Bombay plague: being a history of the progress of plague in the Bombay presidency from September 1896 to June 1899
Year: 1896
Disease focus: Plague
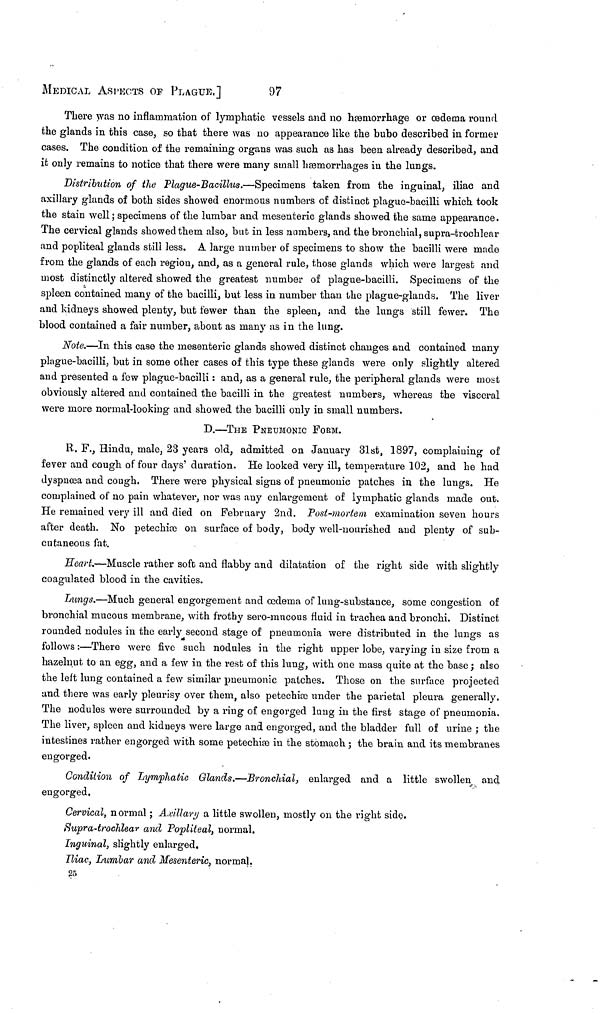
MEDICAL ASPECTS OF PLAGUE,]
97
There was no inflammation of lymphatic vessels and no hæmorrhage or œdema round
the glands in this case, so that there was no appearance like the bubo described in former
cases. The condition of the remaining organs was such as has been already described, and
it only remains to notice that there were many small hæmorrhages in the lungs.
Distribution of the Plague-Bacillus.—Specimens taken from the inguinal, iliac and
axillary glands of both sides showed enormous numbers of distinct plague-bacilli which took
the stain well; specimens of the lumbar and mesenteric glands showed the same appearance.
The cervical glands showed them also, but in less numbers, and the bronchial, supra-trochlear
and popliteal glands still less. A large number of specimens to show the bacilli were made
from the glands of each region, and, as a general rule, those glands which were largest and
most distinctly altered showed the greatest number of plague-bacilli. Specimens of the
spleen contained many of the bacilli, but less in number than the plague-glands. The liver
and kidneys showed plenty, but fewer than the spleen, and the lungs still fewer. The
blood contained a fair number, about as many as in the lung.
Note.—In this case the mesenteric glands showed distinct changes and contained many
plague-bacilli, but in some other cases of this type these glands were only slightly altered
and presented a few plague-bacilli : and, as a general rule, the peripheral glands were most
obviously altered and contained the bacilli in the greatest numbers, whereas the visceral
were more normal-looking and showed the bacilli only in small numbers.
D.—THE PNEUMONIC FORM.
R. F., Hindu, male, 23 years old, admitted on January 31st, 1897, complaining of
fever and cough of four days duration. He looked very ill, temperature 102, and he had
dyspnoœa and cough. There were physical signs of pneumonic patches in the lungs. He
complained of no pain whatever, nor was any enlargement of lymphatic glands made out.
He remained very ill and died on February 2nd. Post-mortem examination seven hours
after death. No petechice on surface of body, body well-nourished and plenty of sub-
cutaneous fat.
Heart.—Muscle rather soft and flabby and dilatation of the right side with slightly
coagulated blood in the cavities.
Lungs.—Much general engorgement and œdema of lung-substance, some congestion of
bronchial mucous membrane, with frothy sero-mucous fluid in trachea and bronchi. Distinct
rounded nodules in the early second stage of pneumonia were distributed in the lungs as
follows :—There were five such nodules in the right upper lobe, varying in size from a
hazeluut to an egg, and a few in the rest of this lung, with one mass quite at the base ; also
the left lung contained a few similar pneumonic patches. Those on the surface projected
and there was early pleurisy over them, also petechioo under the parietal pleura generally.
The nodules were surrounded by a ring of engorged lung in the first stage of pneumonia.
The liver, spleen and kidneys were large and engorged, and the bladder full of urine ; the
intestines rather engorged with some petechiæ in the stomach ; the brain and its membranes
engorged.
Condition of Lymphatic Glands.—Bronchial, enlarged and a little swollen and
engorged.
Cervical, normal ; Axillary a little swollen, mostly on the right side.
Supra-trochlear and Popliteal, normal.
Inguinal, slightly enlarged.
Iliac, Lumbar and, Mesenteric, normal.
25